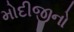
મોદીજીનો